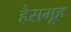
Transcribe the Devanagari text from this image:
हैसमूह